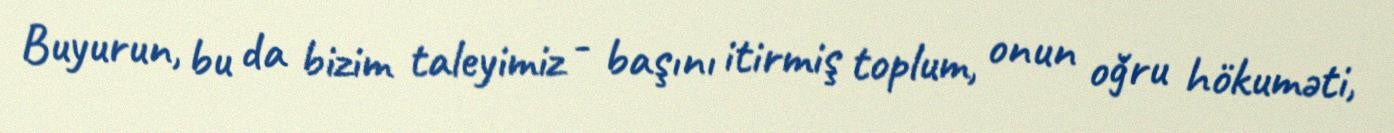
Buyurun, bu da bizim taleyimiz - başını itirmiş toplum, onun oğru hökuməti,